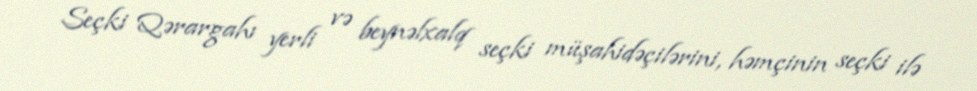
Seçki Qərargahı yerli və beynəlxalq seçki müşahidəçilərini, həmçinin seçki ilə